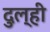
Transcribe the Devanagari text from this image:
दुल्ही